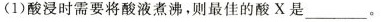
(1)酸浸时需要将酸液煮沸，则最佳的酸X是____。